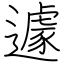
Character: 遽